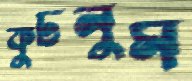
কুটলুম